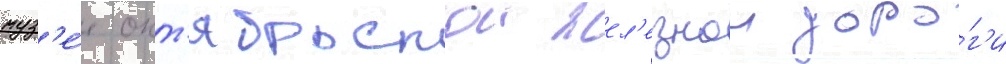
муз'е́е окт'ябрьскои жел'езнои доро́г'и